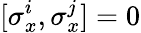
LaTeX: [\sigma_{x}^{i},\sigma_{x}^{j}]=0